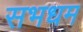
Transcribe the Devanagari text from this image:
सभधम